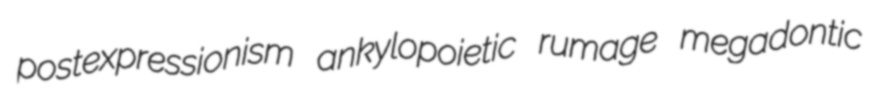
postexpressionism ankylopoietic rumage megadontic